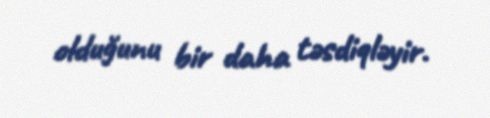
olduğunu bir daha təsdiqləyir.